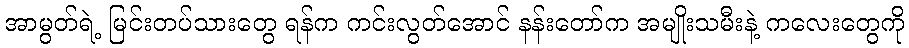
အာမွတ်ရဲ့ မြင်းတပ်သားတွေ ရန်က ကင်းလွတ်အောင် နန်းတော်က အမျိုးသမီးနဲ့ ကလေးတွေကို